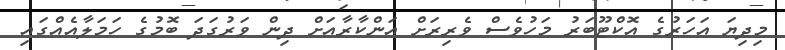
މިދިޔަ އަހަރުގެ އޮކްޓޫބަރު މަހުވެސް ވެރިރަށް އަންކާރާއަށް ދިން ވަރުގަދަ ބޮމުގެ ހަމަލާއެއްގައި